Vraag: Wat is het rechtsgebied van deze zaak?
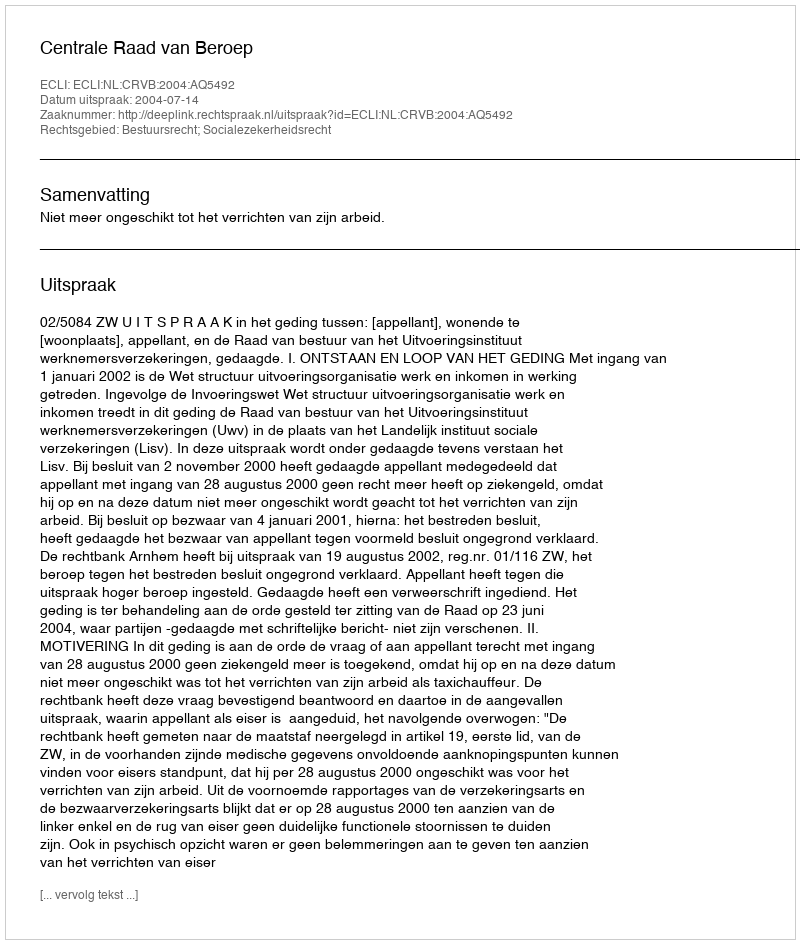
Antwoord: Bestuursrecht; Socialezekerheidsrecht